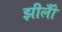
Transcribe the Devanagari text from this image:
झीलोँ